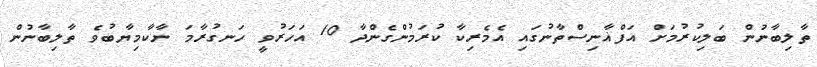
ތާލިބާނުން ބަލިކުރުމަށް އަފްޣާނިސްތާނުގައި އެމެރިކާ ކުރަމުންގެންދާ 10 އަހަރުވީ ހަނގުރާމަ ނާކާމިޔާބުވެ ތާލިބާނުން